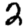
Digit: 2